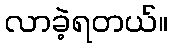
လာခဲ့ရတယ်။